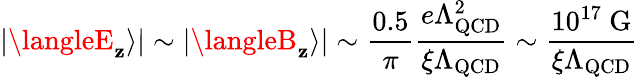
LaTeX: |\langleE_{\mathbf{z}}\rangle|\sim|\langleB_{\mathbf{z}}\rangle|\sim\frac{{0.5}}{{\pi}}\frac{{e\Lambda_{\mathrm{{QCD}}}^{2}}}{{\xi\Lambda_{\mathrm{{QCD}}}}}\sim\frac{{10^{17}\mathrm{{~G}}}}{{\xi\Lambda_{\mathrm{{QCD}}}}}